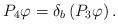
LaTeX: \begin{align*}P_4\varphi = \delta_b\left(P_3\varphi\right) .\end{align*}